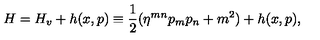
H = H _ { v } + h ( x , p ) \equiv \frac { 1 } { 2 } ( \eta ^ { m n } p _ { m } p _ { n } + m ^ { 2 } ) + h ( x , p ) ,